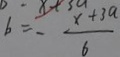
b = - \frac { x + 3 a } { 6 }